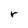
Character: r